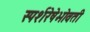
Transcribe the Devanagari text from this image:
स्पर्शरेषेभोवती